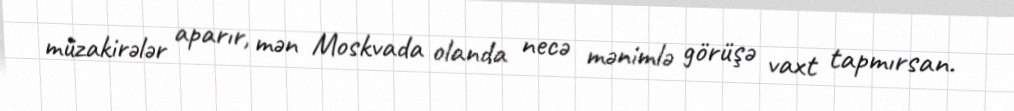
müzakirələr aparır, mən Moskvada olanda necə mənimlə görüşə vaxt tapmırsan.